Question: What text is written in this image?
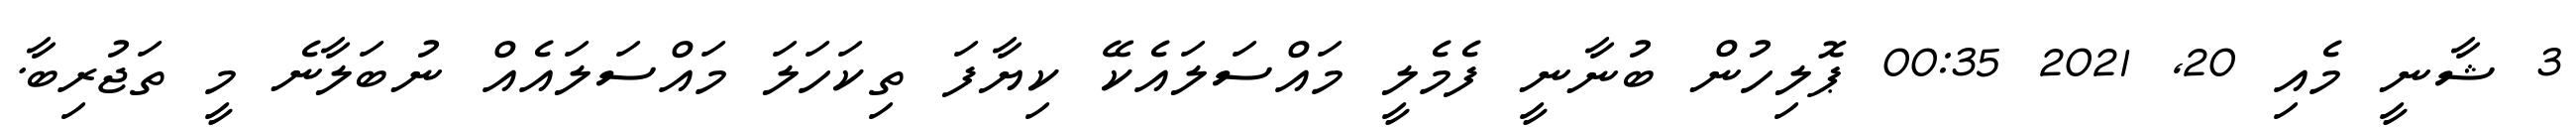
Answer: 3 ޝާނީ މެއި 20, 2021 00:35 ޕޮލިހުން ބުނާނީ ފެމެލީ މައްސަލައެކޭ ކިޔާފަ ތިކަހަލަ މައްސަލައެއް ނުބަލާނެ މީ ތަޖުރިބާ.